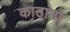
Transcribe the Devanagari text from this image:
काठांना